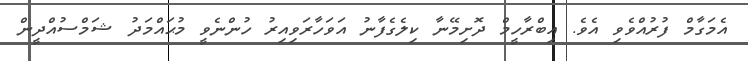
އެމަގާމް ފުރުއްވެވި އެވެ. އިބްރާހީމް ދޮށިމޭނާ ކިލެގެފާނު އަވަހާރަވިއިރު ހުންނެވީ މުޙައްމަދު ޝަމްސުއްދީން